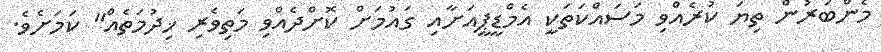
މެންބަރުން ތިޔަ ކުރެއްވި މަސައްކަތަކީ އެމްޑީޕީއަށާއި ގައުމަށް ކޮށްދެއްވި މަތިވެރި ޚިދުމަތެއް" ކަމަށެވެ.